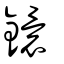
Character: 鐶